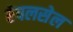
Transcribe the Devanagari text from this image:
रेपलसेल